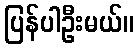
ပြန်ပါဦးမယ်။